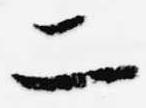
二